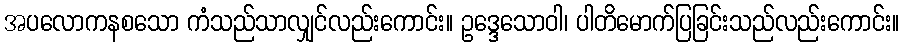
အပလောကနစသော ကံသည်သာလျှင်လည်းကောင်း။ ဥဒ္ဒေသောဝါ၊ ပါတိမောက်ပြခြင်းသည်လည်းကောင်း။